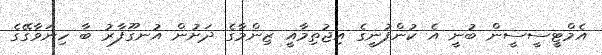
އެމްޓީސީސީން ބުނީ އެ ކުންފުނީގެ އިޖުތިމާއީ ޒިންމާގެ ދަށުން އުނގޫފާރު ބާ ހިނަވާގޭގެ